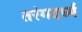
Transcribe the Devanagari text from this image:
तरंगदर्घ्य